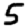
Digit: 5